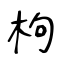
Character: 枸